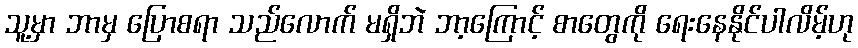
သူ့မှာ ဘာမှ ပြောစရာ သည်လောက် မရှိဘဲ ဘာ့ကြောင့် စာတွေကို ရေးနေနိုင်ပါလိမ့်ဟု